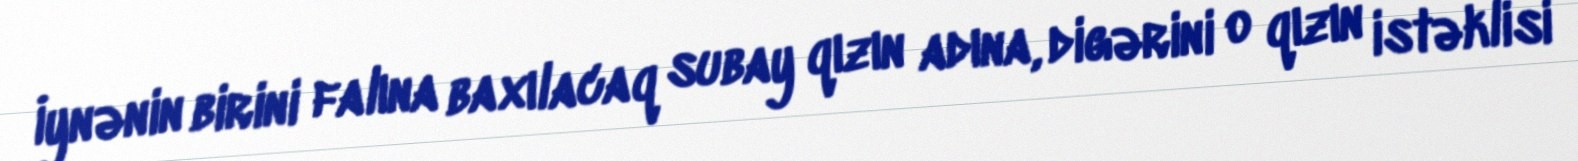
İynənin birini falına baxılacaq subay qızın adına, digərini o qızın istəklisi